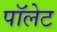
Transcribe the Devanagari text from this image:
पॉलेट